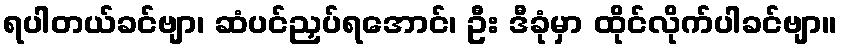
ရပါတယ်ခင်ဗျာ၊ ဆံပင်ညှပ်ရအောင်၊ ဦး ဒီခုံမှာ ထိုင်လိုက်ပါခင်ဗျာ။